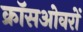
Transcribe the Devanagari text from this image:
क्रॉसओवरों